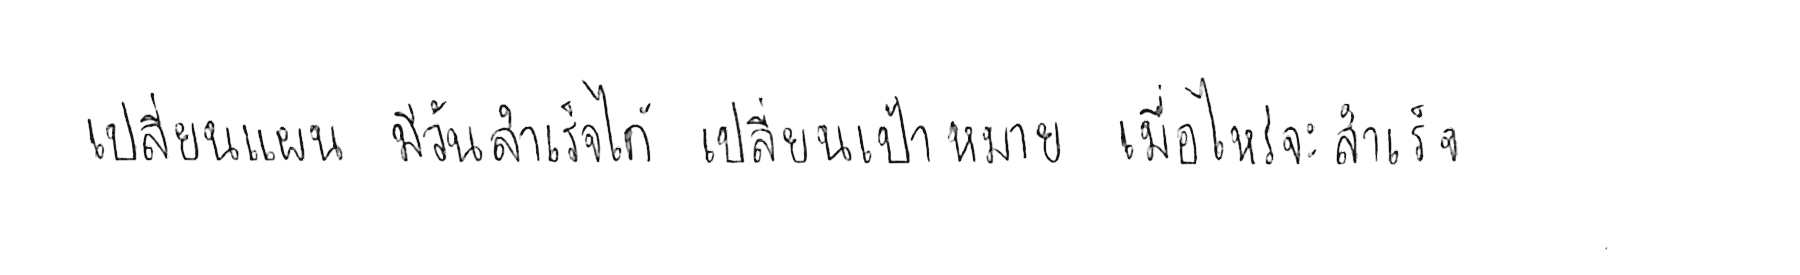
เปลี่ยนแผน มีวันสำเร็จได้ เปลี่ยนเป้าหมาย เมื่อไหร่จะสำเร็จ